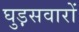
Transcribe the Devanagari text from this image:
घुड़़सवारों